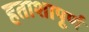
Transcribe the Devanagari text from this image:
हताशापूर्ण